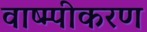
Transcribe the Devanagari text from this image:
वाष्म्पीकरण